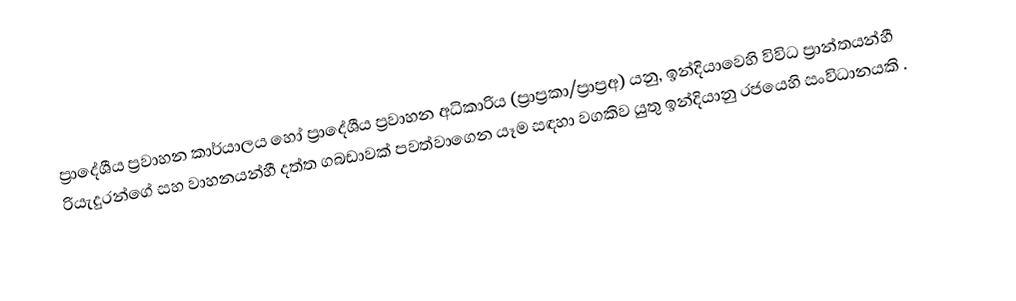
ප්‍රාදේශීය ප්‍රවාහන කාර්යාලය හෝ  ප්‍රාදේශීය ප්‍රවාහන අධිකාරිය (ප්‍රාප්‍රකා/ප්‍රාප්‍රඅ) යනු,  ඉන්දියාවෙහි විවිධ ප්‍රාන්තයන්හී රියැදුරන්ගේ සහ  වාහනයන්හී දත්ත ගබඩාවක් පවත්වාගෙන යෑම සඳහා වගකිව යුතු ඉන්දියානු රජයෙහි  සංවිධානයකි .